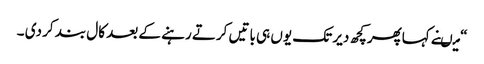
“ میںنے کہاپھرکچھ دیر تک یوں ہی باتیں کرتے رہنے کے بعد کال بند کر دی ۔